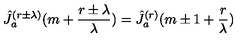
\hat { J } _ { a } ^ { ( r \pm \lambda ) } ( m + \frac { r \pm \lambda } { \lambda } ) = \hat { J } _ { a } ^ { ( r ) } ( m \pm 1 + \frac { r } { \lambda } )